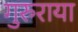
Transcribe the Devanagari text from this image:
गुरुराया